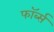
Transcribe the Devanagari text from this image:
फॉर्ब्स